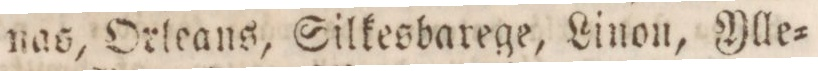
nas, Orleans, Silkesbarege, Linon, Ylle=